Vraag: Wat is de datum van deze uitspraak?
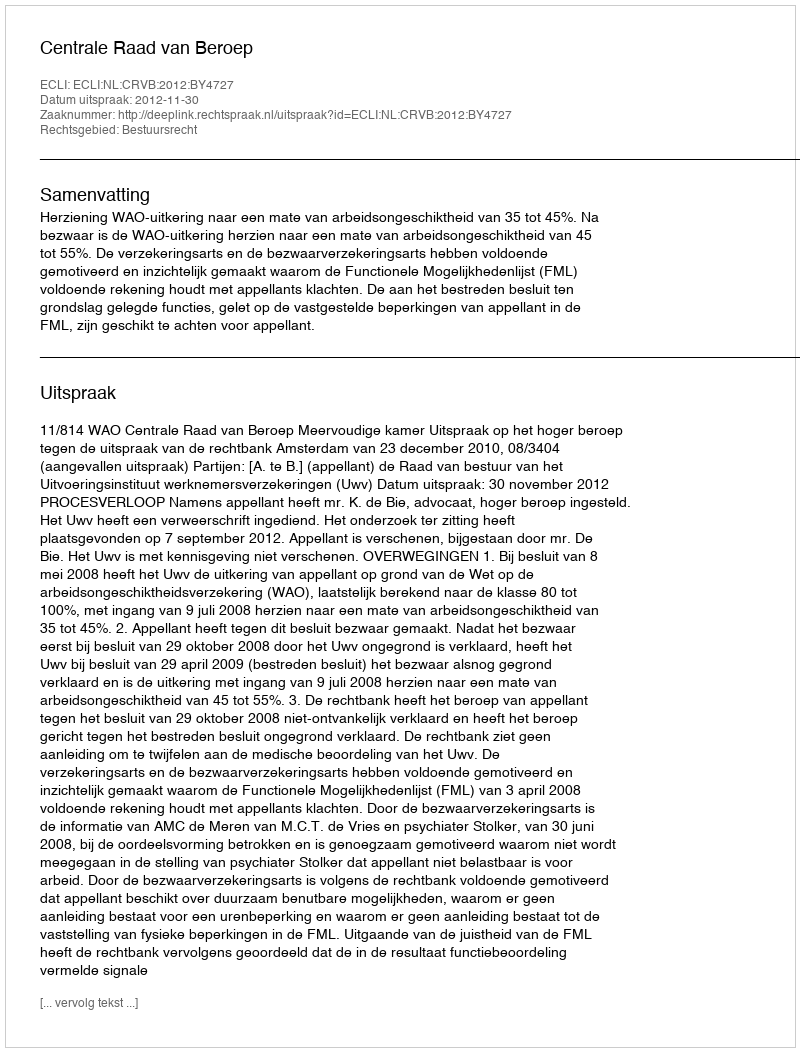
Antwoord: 2012-11-30